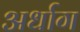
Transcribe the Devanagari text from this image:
अर्धाग